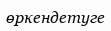
өркендетуге